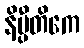
နိပ္ပီတိကေ